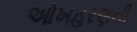
ઓખહરણની